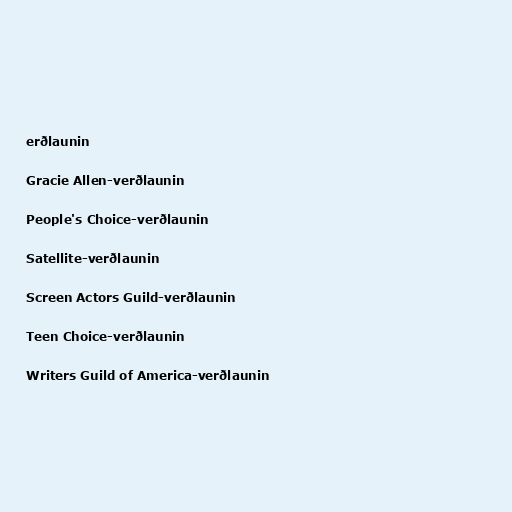
erðlaunin

Gracie Allen-verðlaunin

People's Choice-verðlaunin

Satellite-verðlaunin

Screen Actors Guild-verðlaunin

Teen Choice-verðlaunin

Writers Guild of America-verðlaunin